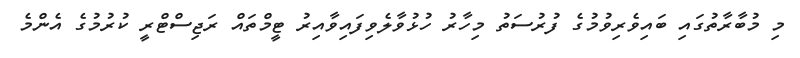
މި މުބާރާތުގައި ބައިވެރިވުމުގެ ފުރުސަތު މިހާރު ހުޅުވާލެވިފައިވާއިރު ޓީމްތައް ރަޖިސްޓްރީ ކުރުމުގެ އެންމެ